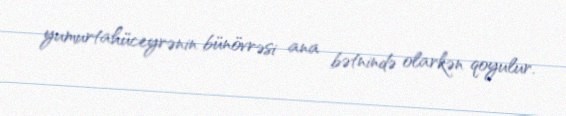
yumurtahüceyrənin bünövrəsi ana bətnində olarkən qoyulur.